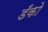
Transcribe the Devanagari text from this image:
डँको